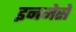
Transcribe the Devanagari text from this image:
इनमेसे